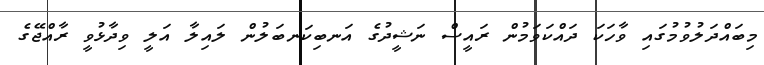
މިބައްދަލުވުމުގައި ވާހަކަ ދައްކަވަމުން ރައީސް ނަޝީދުގެ އަނބިކަނބަލުން ލައިލާ އަލީ ވިދާޅުވީ ރާއްޖޭގެ